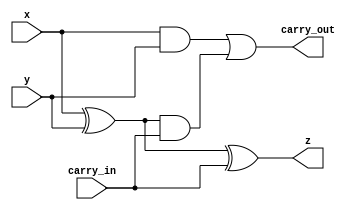
module full_adder_structural
(
    input wire  x, y, carry_in,
    output wire z, carry_out
);
    wire [2:0] t;

    xor(t[0], x, y);
    xor(z, t[0], carry_in);
    and(t[1], x, y);
    and(t[2], t[0], carry_in);
    or (carry_out, t[1], t[2]);
    
endmodule